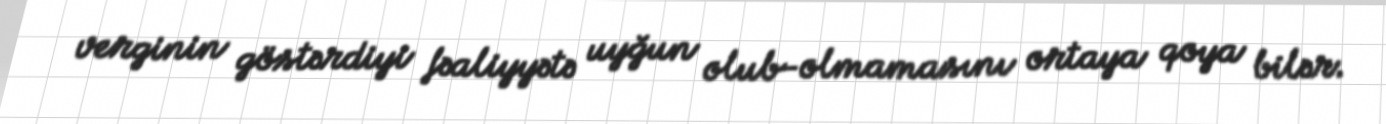
verginin göstərdiyi fəaliyyətə uyğun olub-olmamasını ortaya qoya bilər.